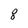
Character: 8